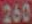
260